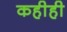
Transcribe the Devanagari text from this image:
कहीही